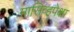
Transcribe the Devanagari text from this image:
मासिव्हपेक्षा